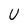
Character: U